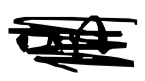
Text: an
Cross-out: scratch
Writing tool: digital_black